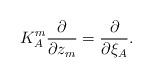
LaTeX: \begin{align*}K^m_A \frac{\partial}{\partial z_m} = \frac{\partial}{\partial \xi_A} .\end{align*}